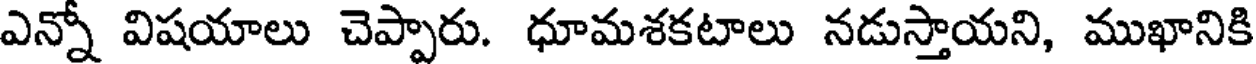
ఎన్నో విషయాలు చెప్పారు. ధూమశకటాలు నడుస్తాయని, ముఖానికి